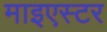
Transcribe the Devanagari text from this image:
माइएस्टर